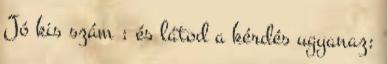
Jó kis szám ; és látod a kérdés ugyanaz: